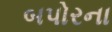
બપોરના